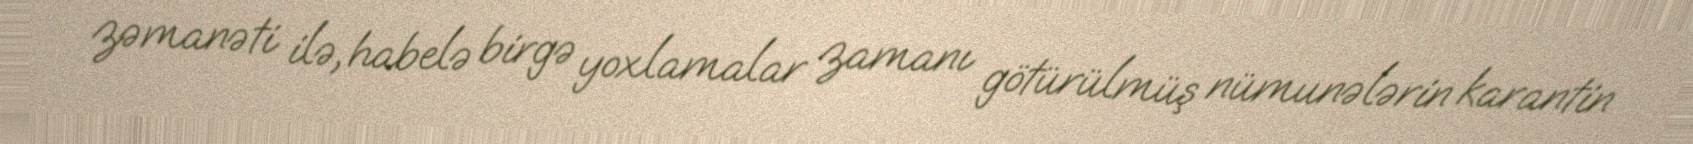
zəmanəti ilə, habelə birgə yoxlamalar zamanı götürülmüş nümunələrin karantin